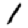
Digit: 1